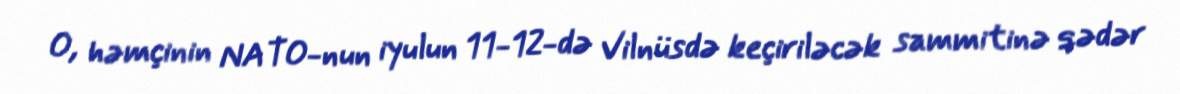
O, həmçinin NATO-nun iyulun 11-12-də Vilnüsdə keçiriləcək sammitinə qədər